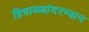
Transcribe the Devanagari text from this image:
हिवाळ्यांदरम्यान